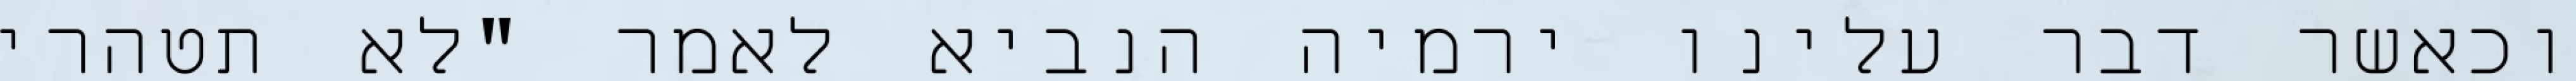
וכאשר דבר עלינו ירמיה הנביא לאמר "לא תטהרי